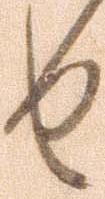
せ